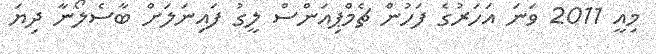
މިއީ 2011 ވަނަ އަހަރުގެ ފަހުން ޗެމްޕިއަންސް ލީގު ފައިނަލަށް ބާސެލޯނާ ދިޔަ